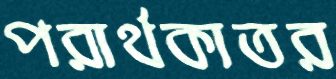
পরার্থকাতর